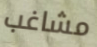
مشاغب